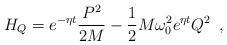
LaTeX: \begin{align*}H_Q=e^{-\eta t}\frac{P^2}{2M}-\frac 12M\omega _0^2e^{\eta t}Q^2\,\,\,,\end{align*}